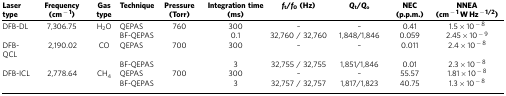
<table><thead><tr><td><b>Laser type</b></td><td><b>Frequency (cm<sup>−1</sup>)</b></td><td><b>Gas type</b></td><td><b>Technique</b></td><td><b>Pressure (Torr)</b></td><td><b>Integration time (ms)</b></td><td><b><i>f</i><sub>t</sub>/<i>f</i><sub>0</sub>(Hz)</b></td><td><b><i>Q</i><sub>t</sub>/<i>Q</i><sub>o</sub></b></td><td><b>NEC (p.p.m.)</b></td><td><b>NNEA (cm<sup>−1</sup> W Hz<sup>−1/2</sup>)</b></td></tr></thead><tbody><tr><td>DFB-DL</td><td>7,306.75</td><td>H<sub>2</sub>O</td><td>QEPAS</td><td>760</td><td>300</td><td>–</td><td>–</td><td>0.41</td><td>1.5 × 10<sup>−8</sup></td></tr><tr><td> </td><td> </td><td> </td><td>BF-QEPAS</td><td> </td><td>0.1</td><td>32,760 / 32,760</td><td>1,848/1,846</td><td>0.059</td><td>2.45 × 10<sup>−9</sup></td></tr><tr><td>DFB-QCL</td><td>2,190.02</td><td>CO</td><td>QEPAS</td><td>700</td><td>300</td><td>–</td><td>–</td><td>0.011</td><td>2.4 × 10<sup>−8</sup></td></tr><tr><td> </td><td> </td><td> </td><td>BF-QEPAS</td><td> </td><td>3</td><td>32,755 / 32,755</td><td>1,851/1,846</td><td>0.01</td><td>2.3 × 10<sup>−8</sup></td></tr><tr><td>DFB-ICL</td><td>2,778.64</td><td>CH<sub>4</sub></td><td>QEPAS</td><td>700</td><td>300</td><td>–</td><td>–</td><td>55.57</td><td>1.81 × 10<sup>−8</sup></td></tr><tr><td> </td><td> </td><td> </td><td>BF-QEPAS</td><td> </td><td>3</td><td>32,757 / 32,757</td><td>1,817/1,823</td><td>40.75</td><td>1.3 × 10<sup>−8</sup></td></tr></tbody></table>